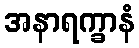
အနာရက္ခာနံ